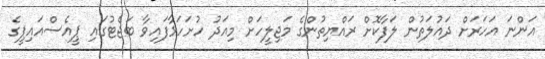
އަންނަ އަހަރަށް ދައުލަތުން ލަފާކޮށް ރައްޔިތުންގެ މަޖިލީހަށް މިއަދު ހުށަހަޅާފައިވާ ބަޖެޓުގައި ޕީއެސްއައިޕީގެ